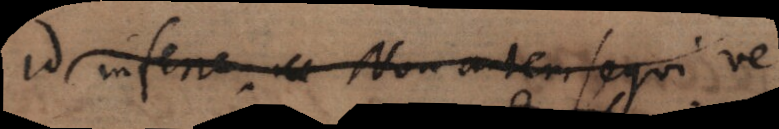
inferre. Non autem sequi vestrum